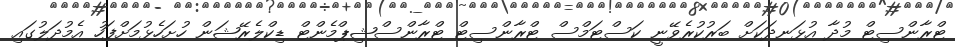
ޓްރާންސިޓް މުދާ އުޅަނދަކަށް ބަރުކުރެވޭނީ ކަސްޓަމްސް ޓްރާންސިޓް ޓްރާންސްޝިޕްމެންޓް ޑިކްލެރޭޝަން ހުށަހެޅުމަށްފަހު އެމުދަލުގައި